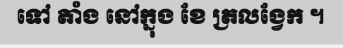
ទៅ តាំង នៅក្នុង ខែ ត្រលង្វែក ។